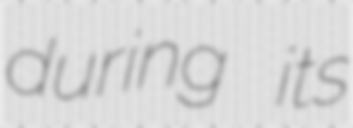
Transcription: during its